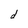
Character: d